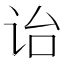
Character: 诒